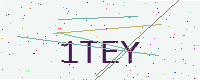
Text: 1TEY